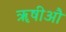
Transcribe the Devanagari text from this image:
ॠषीऔ